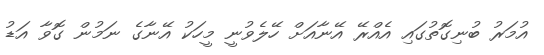
އުމަރު ބުނިގޮތުގައި އެއްރޭ އޭނާއަށް ހޭލެވުނީ މީހަކު އޭނާގެ ނަމުން ގޮވާ އަޑު